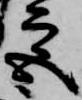
宮